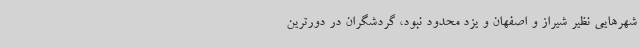
شهرهایی نظیر شیراز و اصفهان و یزد محدود نبود، گردشگران در دورترین